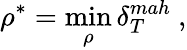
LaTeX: \rho^{*}=\operatorname*{min}_{\rho}\delta_{T}^{mah}\ ,